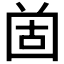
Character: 𡇤